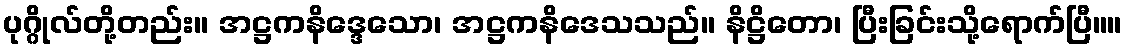
ပုဂ္ဂိုလ်တို့တည်း။ အဋ္ဌကနိဒ္ဒေသော၊ အဋ္ဌကနိဒေသသည်။ နိဋ္ဌိတော၊ ပြီးခြင်းသို့ရောက်ပြီ။။